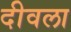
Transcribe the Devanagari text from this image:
दीवला